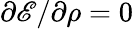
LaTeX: \partial\mathscr{E}/\partial\rho=0